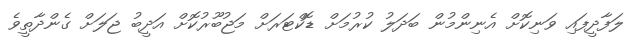
ލަފާދީފައި ވަނިކޮށް އެނިންމުން ބަދަލު ކުރުމަށް ޑޮކްޓަރަށް މަޖުބޫރުކޮށް އަދީބު ޖަލަށް ގެންދާތީވެ